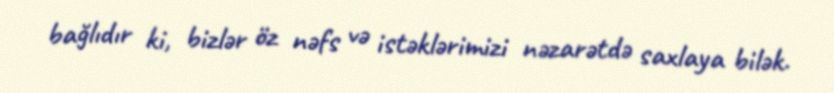
bağlıdır ki, bizlər öz nəfs və istəklərimizi nəzarətdə saxlaya bilək.